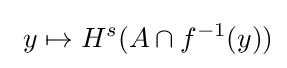
\ y\mapsto H^{s}(A\cap f^{-1}(y))